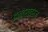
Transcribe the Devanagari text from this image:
इन्द्रावरज